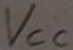
Text: VCC